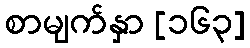
စာမျက်နှာ [၁၆၃]